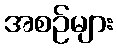
အစဉ်များ